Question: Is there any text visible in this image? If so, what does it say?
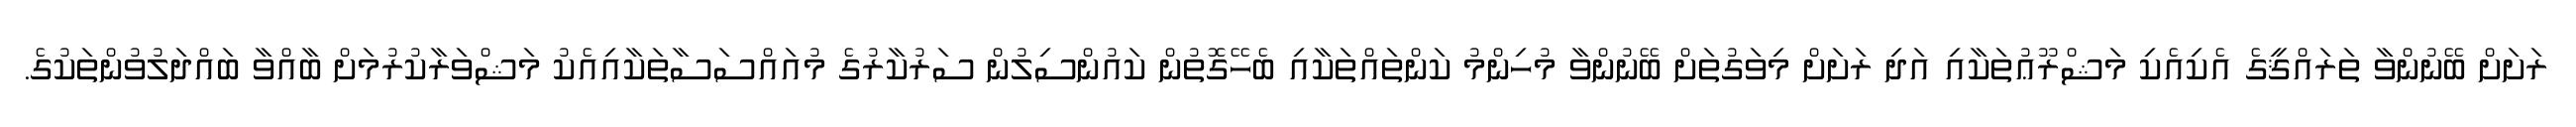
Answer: ރަށަށް ބޭނުންވާ ތަރައްޤީގެ އެކިއެކި މަޝްރޫޢުތަކާއި އަދި ރަށަށް މިވަގުތަށް ބޭނުންވާ މުހިންމު ކަންތައްތަކާއި ބެހޭގޮތުން ކައުންސިލުން ސަރުކާރުގެ މުއައްސަސާތަކާއިއެކު މަޝްވަރާކުރުމަށް ބާއްވާ ބައްދަލުވުންތަކުގެ.